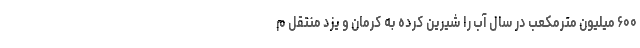
۶۰۰ میلیون مترمکعب در سال آب را شیرین کرده به کرمان و یزد منتقل م